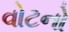
વોટનો